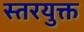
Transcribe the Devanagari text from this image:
स्तरयुक्त